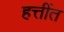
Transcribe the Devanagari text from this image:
हत्तींत